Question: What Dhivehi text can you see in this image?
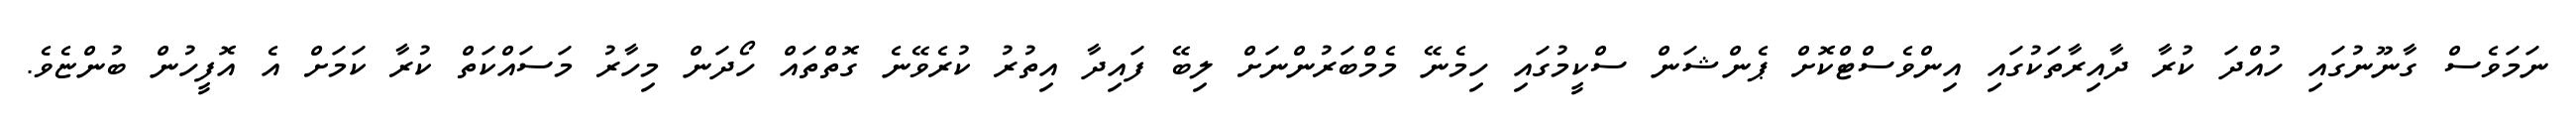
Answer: ނަމަވެސް ގާނޫނުގައި ހުއްދަ ކުރާ ދާއިރާތަކުގައި އިންވެސްޓްކޮށް ޕެންޝަން ސްކީމުގައި ހިމެނޭ މެމްބަރުންނަށް ލިބޭ ފައިދާ އިތުރު ކުރެވޭނެ ގޮތްތައް ހޯދަން މިހާރު މަސައްކަތް ކުރާ ކަމަށް އެ އޮފީހުން ބުންޏެވެ.